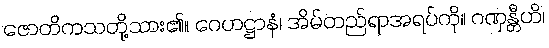
ဇောတိကသတို့သား၏။ ဂေဟဋ္ဌာနံ၊ အိမ်တည်ရာအရပ်ကို။ ဂဏှန္တီဟိ၊